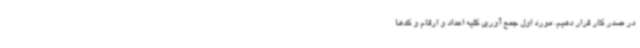
در صدر کار قرار دهیم. مورد اول جمع آوری کلیه اعداد و ارقام و کدها